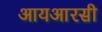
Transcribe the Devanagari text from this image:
आयआरसी